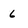
Character: 6